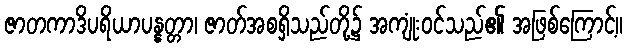
ဇာတကာဒိပရိယာပန္နတ္တာ၊ ဇာတ်အစရှိသည်တို့၌ အကျုံးဝင်သည်၏ အဖြစ်ကြောင့်။